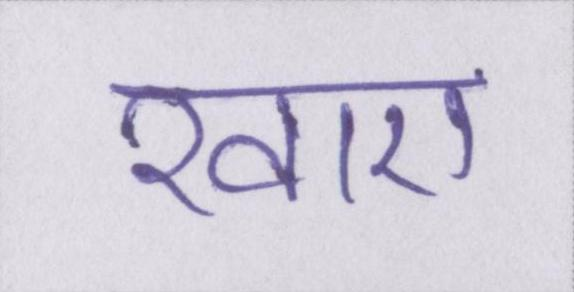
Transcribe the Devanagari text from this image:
खाए